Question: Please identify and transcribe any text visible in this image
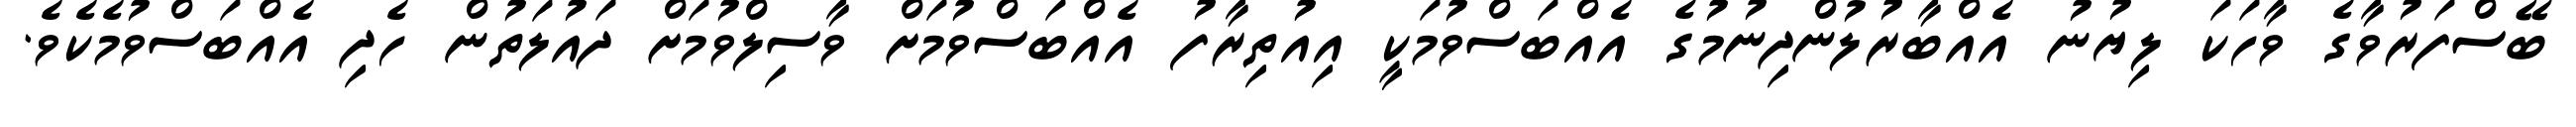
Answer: ބޭސްފަރުވާގެ ވާހަކަ ލިޔުނު އެއްބާރުލުންދިނުމުގެ އެއްބަސްވުމަކީ އިއުތިރާފު އެއްބަސްވުމަށް ވާސިލްވުމަށް ދައުލަތުން ހެދި އެއްބަސްވުމެކެވެ.